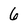
Character: 6